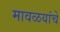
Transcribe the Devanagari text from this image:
मावळयांचे